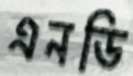
এনডি